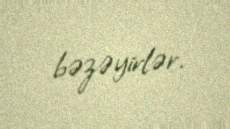
bəzəyirlər.